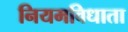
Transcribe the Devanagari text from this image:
नियमविधाता